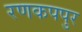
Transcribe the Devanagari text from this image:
रणकपपुर